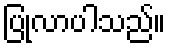
ပြုလာပါသည်။